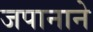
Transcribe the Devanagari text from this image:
जपानाने